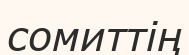
сомиттің